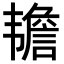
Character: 𬰷